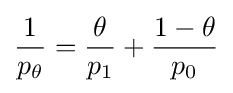
{\frac {1}{p_{\theta }}}={\frac {\theta }{p_{1}}}+{\frac {1-\theta }{p_{0}}}